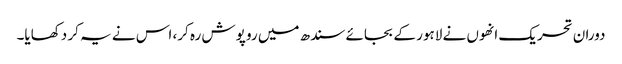
دوران تحریک انھوں نے لاہور کے بجائے سندھ میں رو پوش رہ کر، اس نے یہ کر دکھایا۔